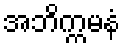
အဘိက္ကမနံ